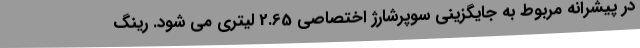
در پیشرانه مربوط به جایگزینی سوپرشارژ اختصاصی 2.65 لیتری می شود. رینگ